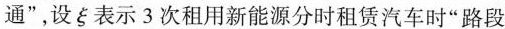
通”，设ξ表示3次租用新能源分时租赁汽车时”路段